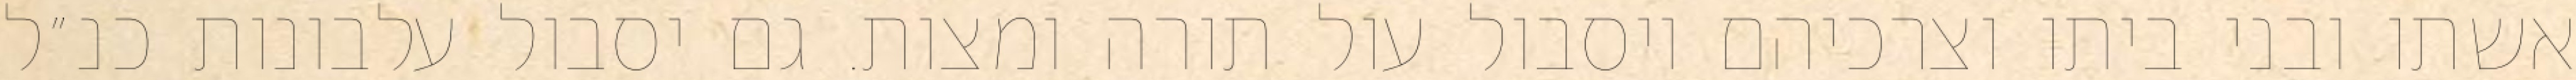
אשתו ובני ביתו וצרכיהם ויסבול עול תורה ומצות. גם יסבול עלבונות כנ״ל